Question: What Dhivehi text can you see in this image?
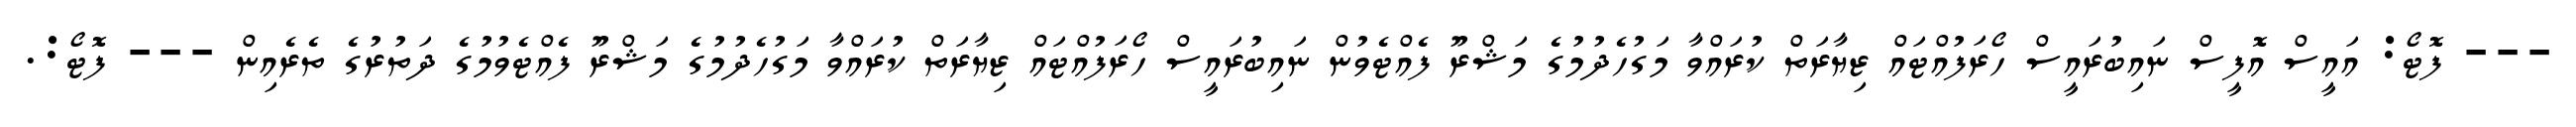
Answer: --- ފޮޓޯ: އައީސް އޮފީސް ނައިބުރައީސް ހޯރަފުއްޓައް ޒިޔާރަތް ކުރައްވާ މަގުހެދުމުގެ މަޝްރޫ ފެއްޓެވުން ނައިބުރައީސް ހޯރަފުއްޓައް ޒިޔާރަތް ކުރައްވާ މަގުހެދުމުގެ މަޝްރޫ ފެއްޓެވުމުގެ ދަތުރުގެ ތެރެއިން --- ފޮޓޯ:.